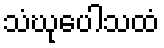
သံဃုပေါသထံ